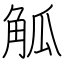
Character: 觚